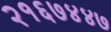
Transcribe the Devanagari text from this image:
२१६७४४७